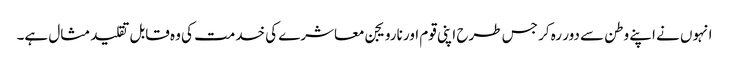
انہوں نے اپنے وطن سے دور رہ کر جس طرح اپنی قوم اور نارویجن معاشرے کی خدمت کی وہ قابل تقلید مثال ہے۔